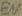
Text: EN